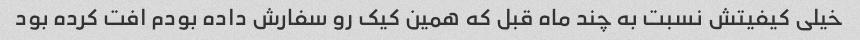
خیلی کیفیتش نسبت به چند ماه قبل که همین کیک رو سفارش داده بودم افت کرده بود